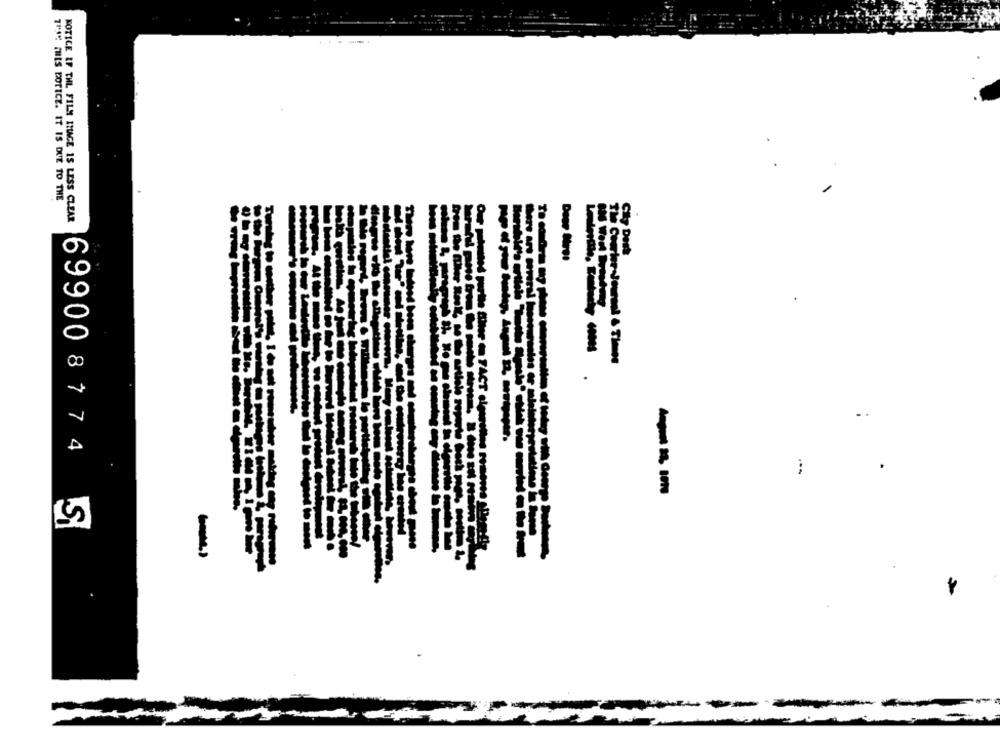
TAK FILS BOTICE. IT IS DUE TO THE
NOTICE IF THI. FILM IMAGE 15 LESS CLEAR
Wood
--
The Courter-Journal & Times
.
699008774
'S